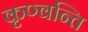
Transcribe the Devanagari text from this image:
कृण्वन्ति